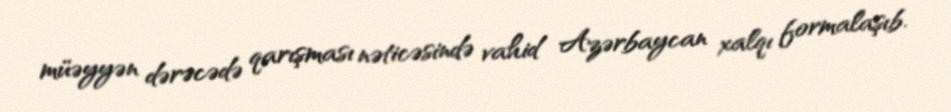
müəyyən dərəcədə qarışması nəticəsində vahid Azərbaycan xalqı formalaşıb.